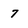
Character: 7